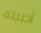
أحببته